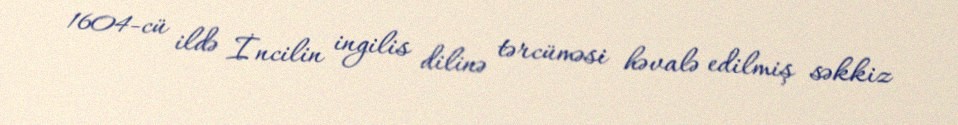
1604-cü ildə İncilin ingilis dilinə tərcüməsi həvalə edilmiş səkkiz